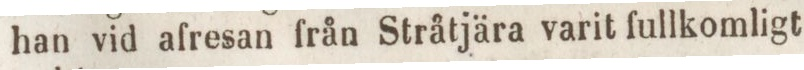
han vid afresan från Stråtjära varit fullkomligt